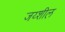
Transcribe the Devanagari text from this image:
जय्शील